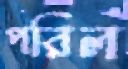
পরিল